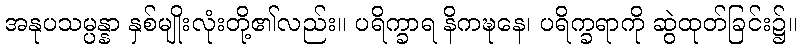
အနုပသမ္ပန္နာ နှစ်မျိုးလုံးတို့၏လည်း။ ပရိက္ခာရ နိကဍ္ဎနေ၊ ပရိက္ခရာကို ဆွဲထုတ်ခြင်း၌။